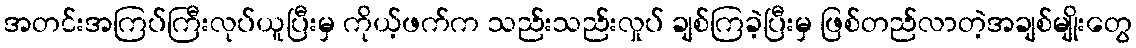
အတင်းအကြပ်ကြီးလုပ်ယူပြီးမှ ကိုယ့်ဖက်က သည်းသည်းလှုပ် ချစ်ကြခဲ့ပြီးမှ ဖြစ်တည်လာတဲ့အချစ်မျိုးတွေ